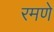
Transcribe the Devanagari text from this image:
रमणे